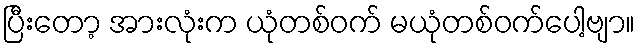
ပြီးတော့ အားလုံးက ယုံတစ်ဝက် မယုံတစ်ဝက်ပေါ့ဗျာ။